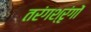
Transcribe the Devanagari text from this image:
तरंगश्रृंगों